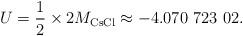
LaTeX: \begin{align*}U=\dfrac{1}{2}\times 2M_{\mathrm{CsCl}}\approx -4.070 \ 723 \ 02.\end{align*}